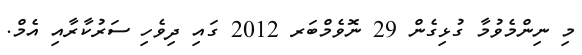
މި ނިންމެވުމާ ގުޅިގެން 29 ނޮވެމްބަރ 2012 ގައި ދިވެހި ސަރުކާރާއި އެމް.